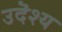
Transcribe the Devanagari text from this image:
उदॆश्य